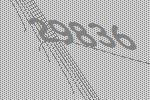
29836